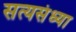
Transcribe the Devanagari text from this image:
सत्यसंध्या